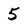
Character: 5